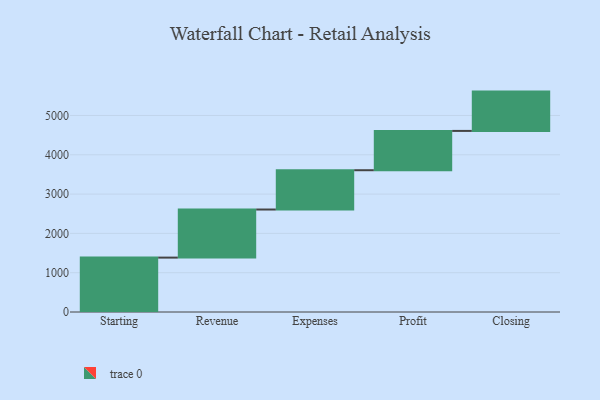
{"axis": {"x": "Step", "y": "Value"}, "legend": [""], "data": [{"x": "Starting", "y": 1384.0, "type": ""}, {"x": "Revenue", "y": 1223.0, "type": ""}, {"x": "Expenses", "y": 1000, "type": ""}, {"x": "Profit", "y": 1000, "type": ""}, {"x": "Closing", "y": 1000, "type": ""}]}